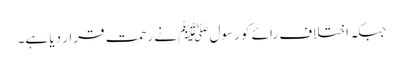
جبکہ اختلاف رائے کو رسول ﷺ نے رحمت قرار دیا ہے۔